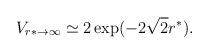
LaTeX: \begin{align*}V_{r*\to \infty} \simeq 2 \exp( -2 \sqrt 2 r^*).\end{align*}